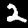
Label: 2